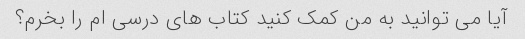
آیا می توانید به من کمک کنید کتاب های درسی ام را بخرم؟